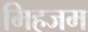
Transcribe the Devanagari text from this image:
मिहजम